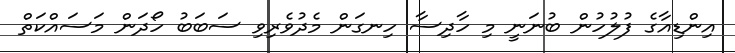
އިންޑިއާގެ ފުލުހުން ބުނަނީ މި ހާދިސާ ހިނގަން މެދުވެރިވި ސަބަބު ހޯދަން މަސައްކަތް